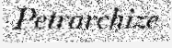
Petrarchize